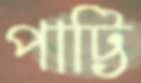
পাট্টি